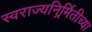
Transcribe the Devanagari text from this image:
स्वराज्यनिर्र्मितीच्या